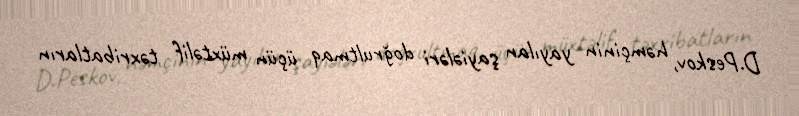
D.Peskov, həmçinin yayılan şayiələri doğrultmaq üçün müxtəlif təxribatların